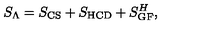
S _ { \Lambda } = S _ { \mathrm { C S } } + S _ { \mathrm { H C D } } + S _ { \mathrm { G F } } ^ { H } ,